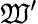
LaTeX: \mathfrak{W}^{\prime}